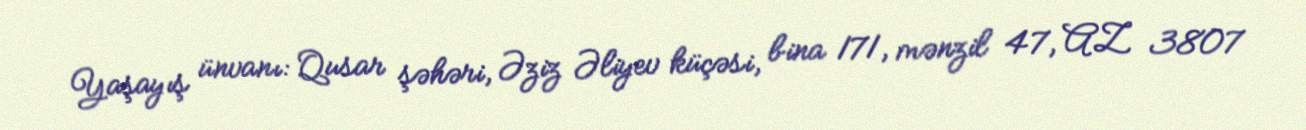
Yaşayış ünvanı: Qusar şəhəri, Əziz Əliyev küçəsi, bina 171, mənzil 47, AZ 3807